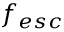
f _ { e s c }